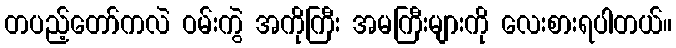
တပည့်တော်ကလဲ ဝမ်းကွဲ အကိုကြီး အမကြီးများကို လေးစားရပါတယ်။